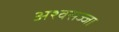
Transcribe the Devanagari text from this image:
अश्वसज्जा